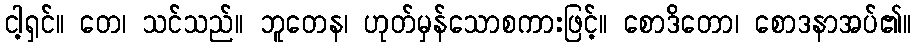
ငါ့ရှင်။ တေ၊ သင်သည်။ ဘူတေန၊ ဟုတ်မှန်သောစကားဖြင့်။ စောဒိတော၊ စောဒနာအပ်၏။